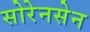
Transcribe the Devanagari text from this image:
सोरेनसेन